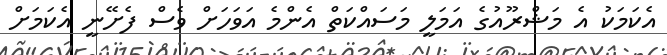
އެކަމަކު އެ މަޝްރޫއުގެ އަމަލީ މަސައްކަތް އެންމެ އަވަހަށް ވެސް ފެށޭނީ އެކަމަށް